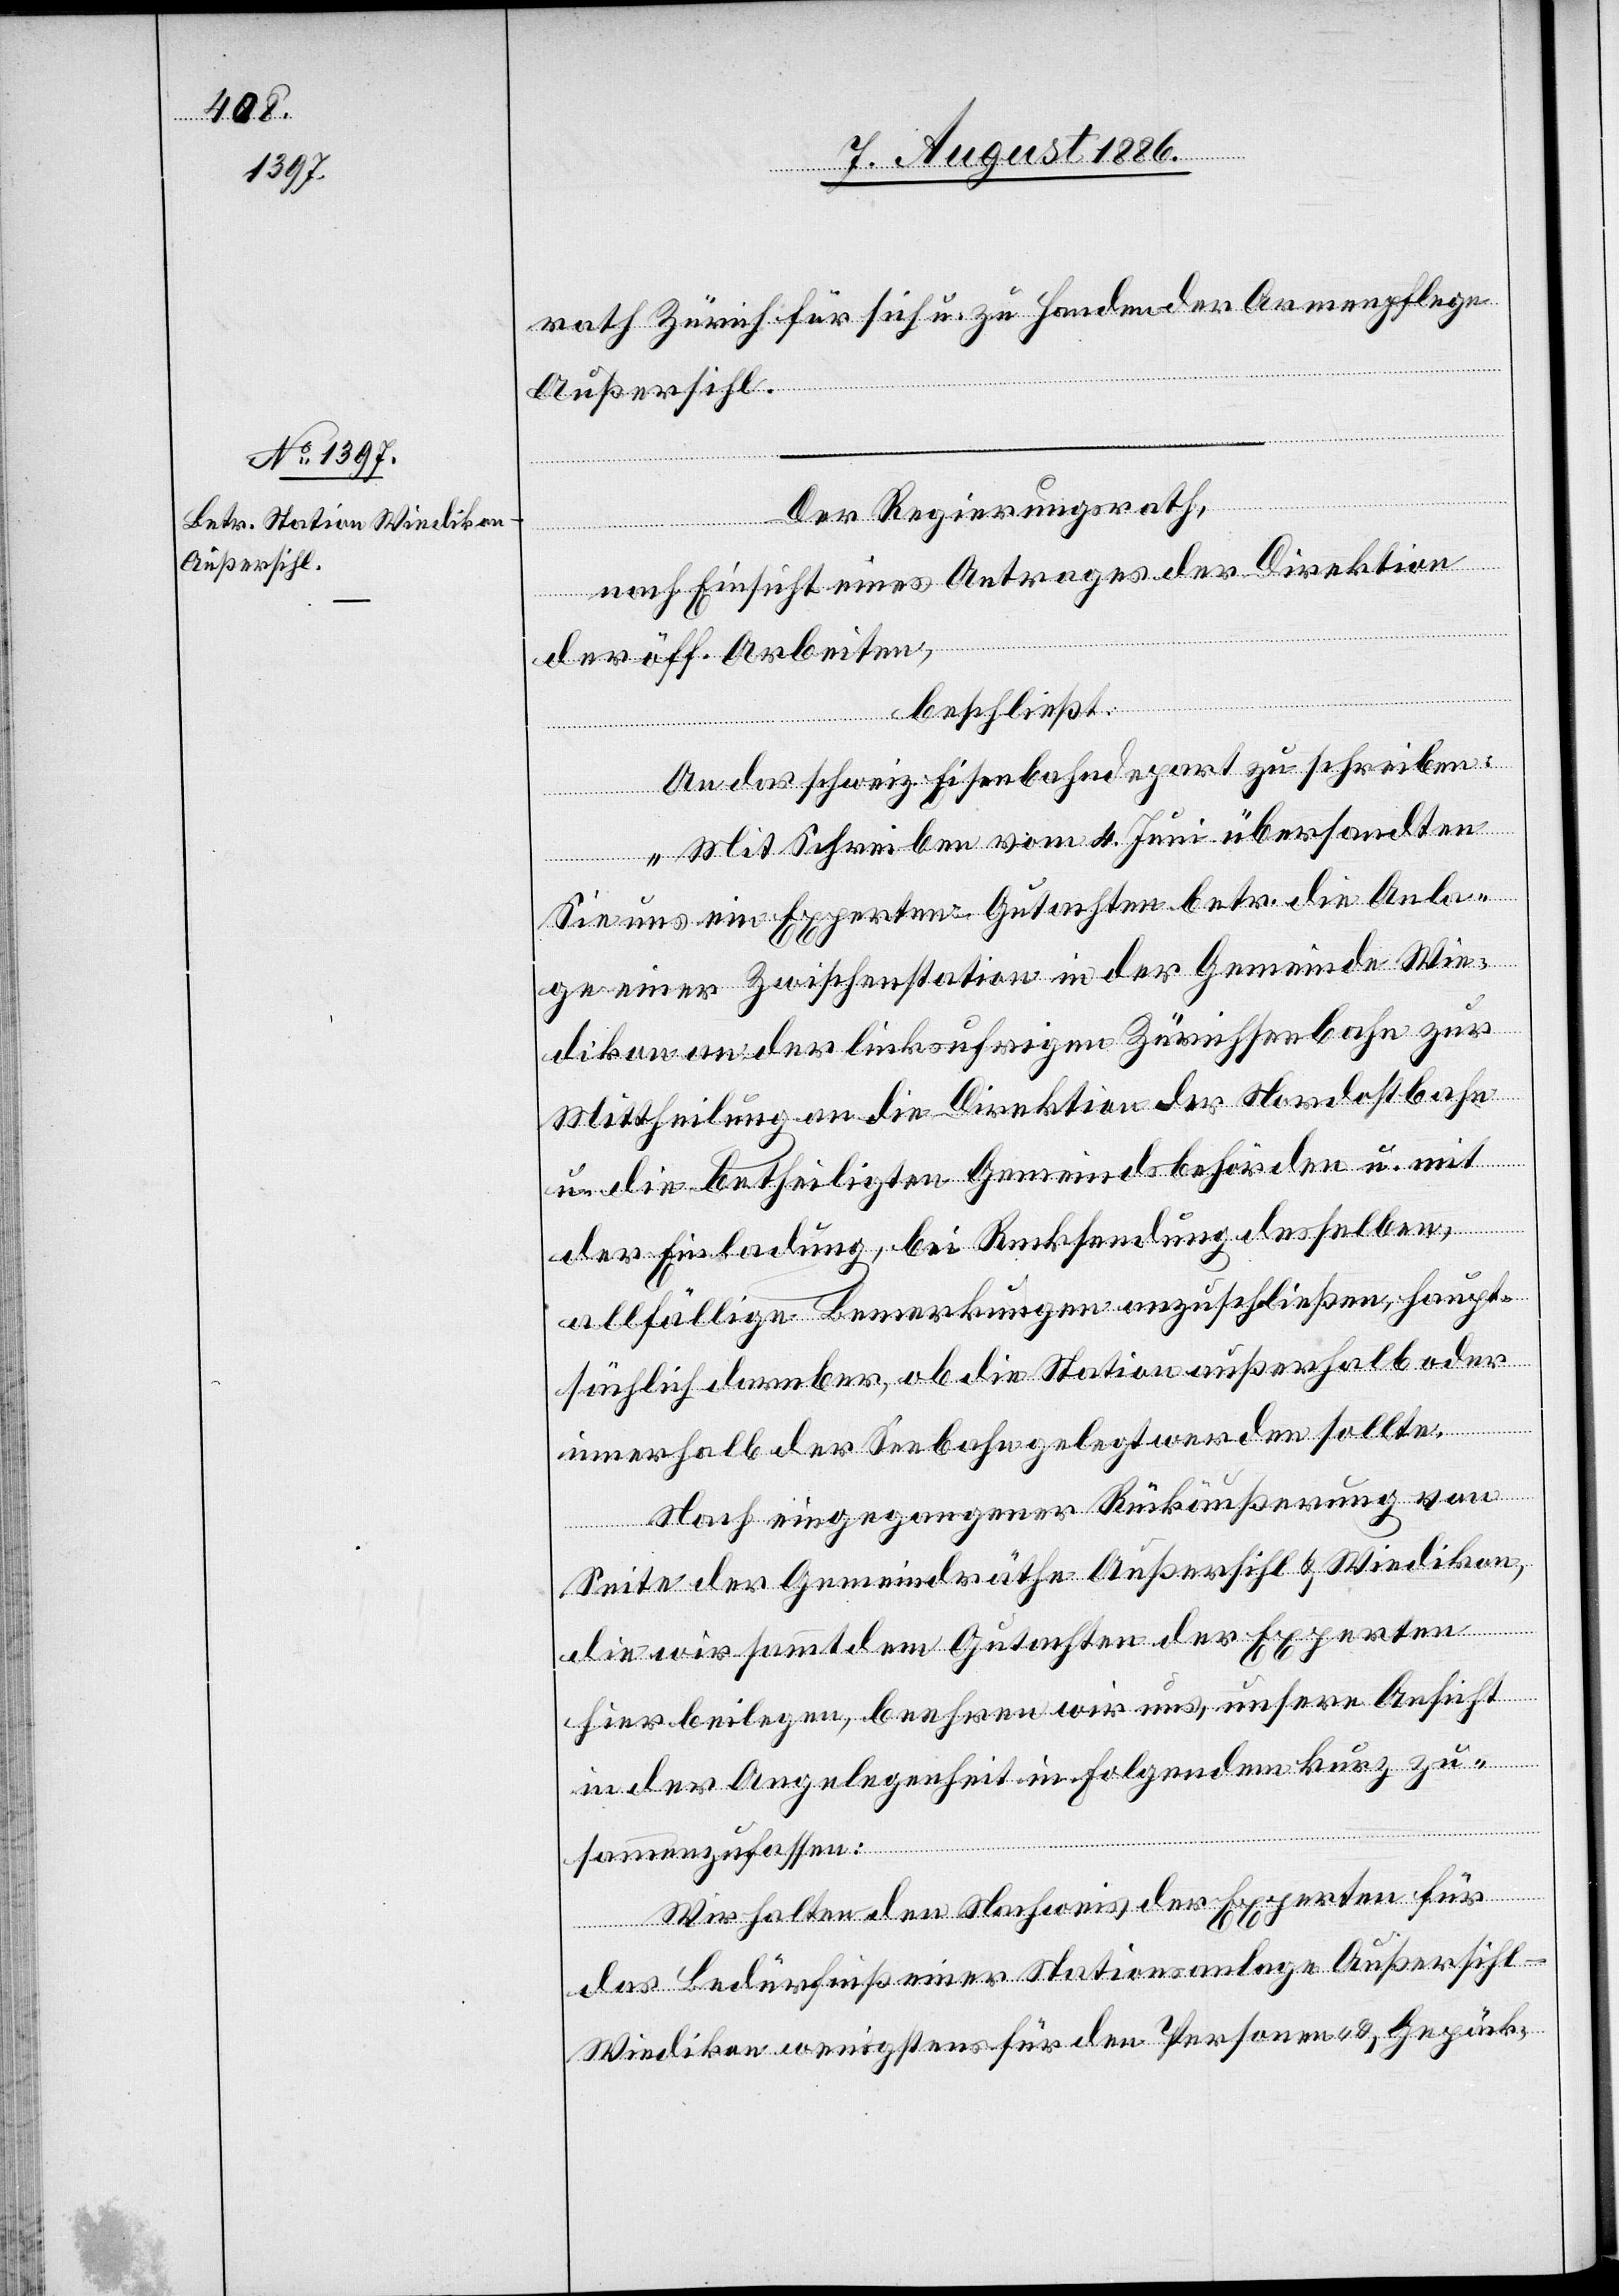
rath Zürich für sich u. zu Handen der Armenpflege
Außersihl.
Der Regierungsrath,
nach Einsicht eines Antrages der Direktion
der öff. Arbeiten,
beschließt:
An das schweiz. Eisenbahndepart zu schreiben:
„Mit Schreiben vom 4. Juni übersandten
Sie uns ein Experten-Gutachten betr. die Anla¬
ge einer Zwischenstation in der Gemeinde Wie¬
dikon an der linksufrigen Zürichseebahn zur
Mittheilung an die Direktion der Nordostbahn
u. die betheiligten Gemeindsbehörden u. mit
der Einladung, bei Rücksendung desselben,
allfällige Bemerkungen anzuschließen, haupt¬
sächlich darüber, ob die Station außerhalb oder
innerhalb der Seebahn gelegt werden sollte.
Nach eingegangener Rückäußerung von
Seite der Gemeindräthe Außersihl & Wiedikon,
die wir sammt dem Gutachten der Experten
hier beilegen, beehren wir uns, unsere Ansicht
in der Angelegenheit in Folgendem kurz zu¬
sammenzufassen:
Wir halten den Nachweis der Experten für
das Bedürfniß einer Stationsanlage Außersihl
Wiedikon wenigstens für den Personen- & Gepäck-